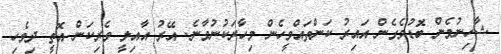
ޝާހިނުމެން ބޮޑުވެގެން އައިރު ކަންތައްވީހެން މިހާރަކުނުވާނެ. އޭރު އާއިލީ ވެރިކަން އޮތީ ދިވެހި